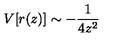
V [ r ( z ) ] \sim - \frac { 1 } { 4 z ^ { 2 } }